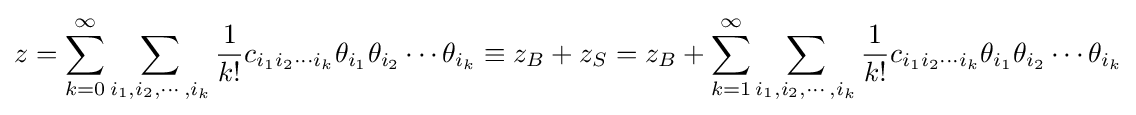
z=\sum _{k=0}^{\infty }\sum _{i_{1},i_{2},\cdots ,i_{k}}{\frac {1}{k!}}c_{i_{1}i_{2}\cdots i_{k}}\theta _{i_{1}}\theta _{i_{2}}\cdots \theta _{i_{k}}\equiv z_{B}+z_{S}=z_{B}+\sum _{k=1}^{\infty }\sum _{i_{1},i_{2},\cdots ,i_{k}}{\frac {1}{k!}}c_{i_{1}i_{2}\cdots i_{k}}\theta _{i_{1}}\theta _{i_{2}}\cdots \theta _{i_{k}}